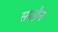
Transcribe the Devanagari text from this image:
समहैन